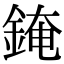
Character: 䤶